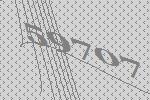
59707